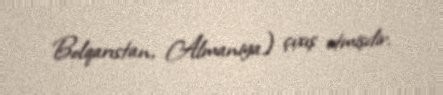
Bolqarıstan, Almaniya) çıxış etmişdir.